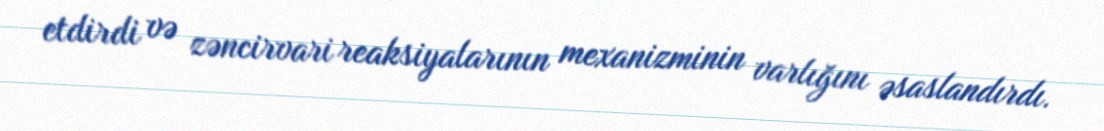
etdirdi və zəncirvari reaksiyalarının mexanizminin varlığını əsaslandırdı.